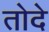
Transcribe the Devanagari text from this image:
तोदे